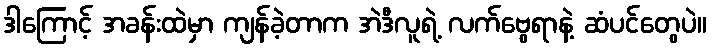
ဒါကြောင့် အခန်းထဲမှာ ကျန်ခဲ့တာက အဲဒီလူရဲ့ လက်ဗွေရာနဲ့ ဆံပင်တွေပဲ။